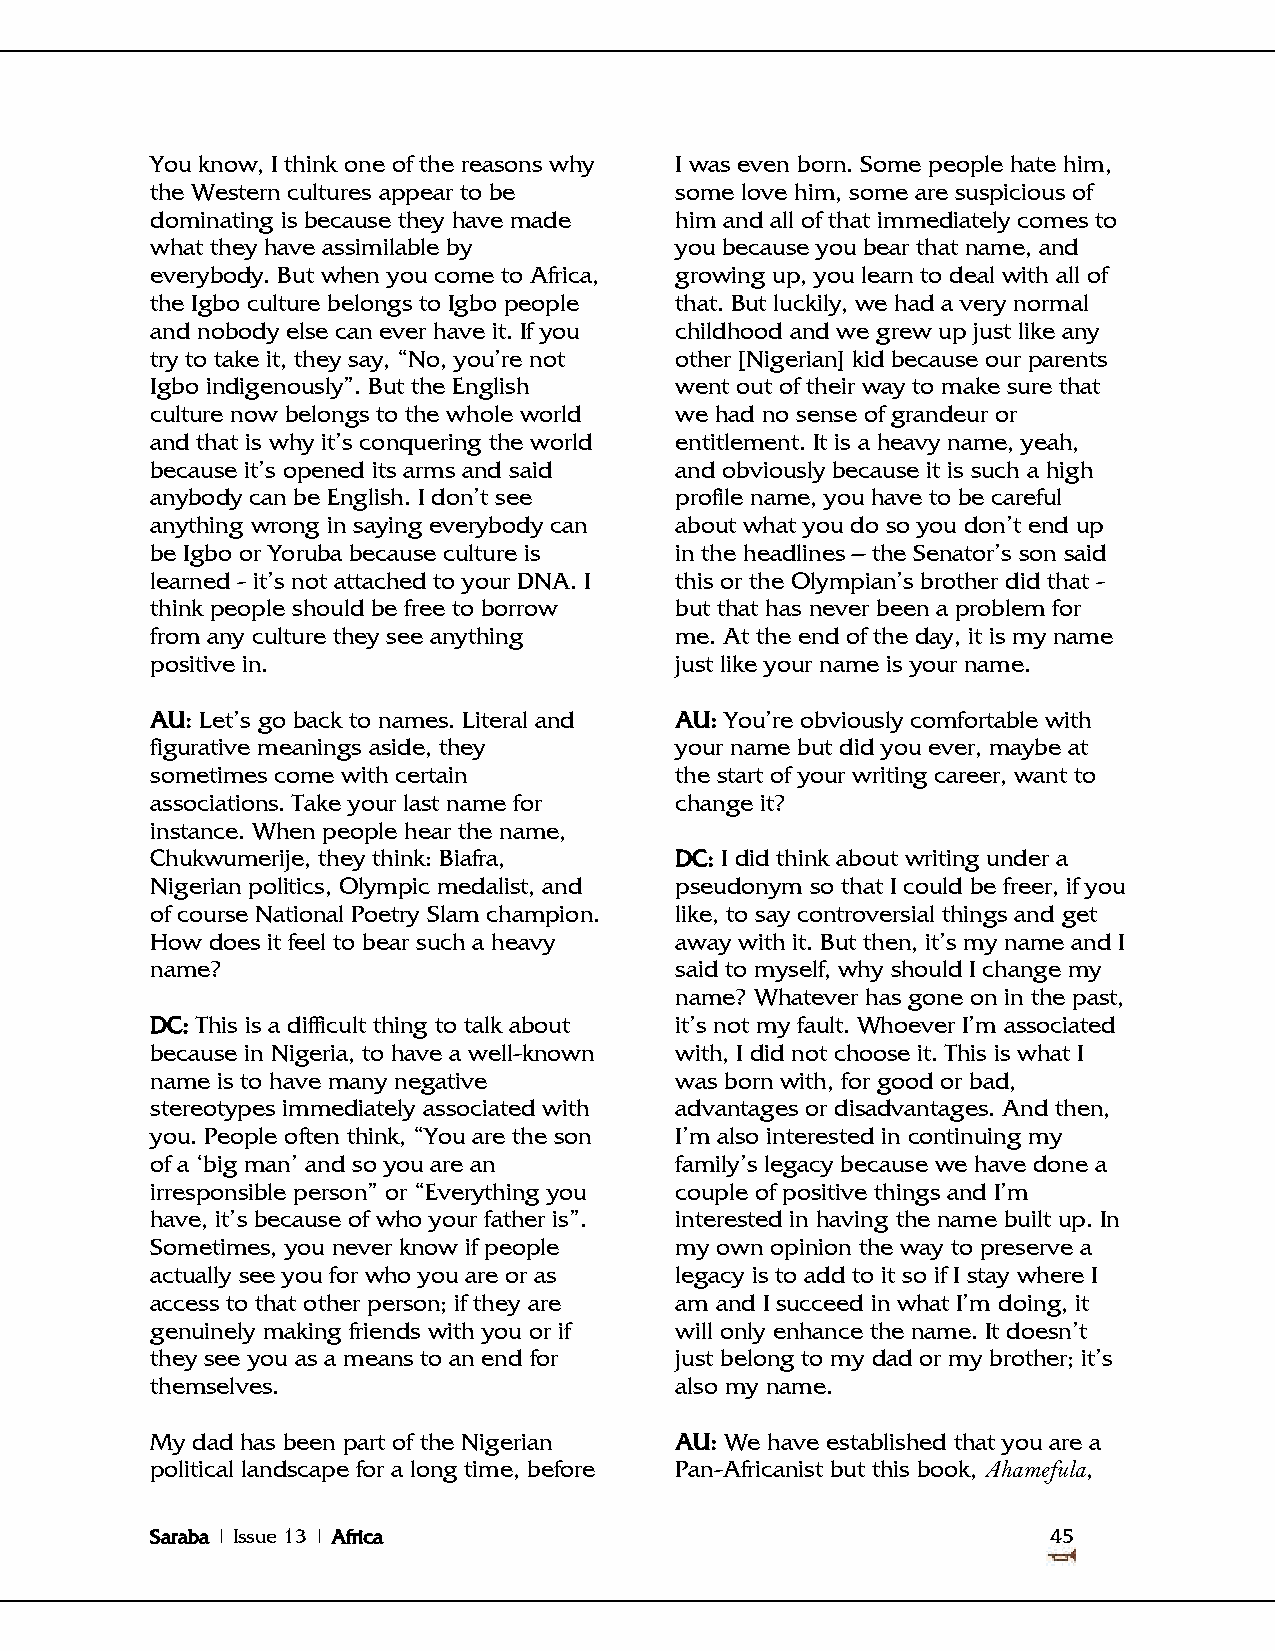
You know, I think one of the reasons why I was even born. Some people hate him,
 the Western cultures appear to be  some love him, some are suspicious of
 dominating is because they have made him and all of that immediately comes to
 what they have assimilable by      you because you bear that name, and
 everybody. But when you come to Africa, growing up, you learn to deal with all of
 the Igbo culture belongs to Igbo people that. But luckily, we had a very normal
 and nobody else can ever have it. If you childhood and we grew up just like any
 try to take it, they say, ―No, you‘re not other [Nigerian] kid because our parents
 Igbo indigenously‖. But the English went out of their way to make sure that
 culture now belongs to the whole world we had no sense of grandeur or
 and that is why it‘s conquering the world entitlement. It is a heavy name, yeah,
 because it‘s opened its arms and said and obviously because it is such a high
 anybody can be English. I don‘t see profile name, you have to be careful
 anything wrong in saying everybody can about what you do so you don‘t end up
 be Igbo or Yoruba because culture is in the headlines – the Senator‘s son said
 learned - it‘s not attached to your DNA. I this or the Olympian‘s brother did that -
 think people should be free to borrow but that has never been a problem for
 from any culture they see anything me. At the end of the day, it is my name
 positive in.                       just like your name is your name.
 AU: Let‘s go back to names. Literal and AU: You‘re obviously comfortable with
 figurative meanings aside, they    your name but did you ever, maybe at
 sometimes come with certain        the start of your writing career, want to
 associations. Take your last name for change it?
 instance. When people hear the name,
 Chukwumerije, they think: Biafra,  DC: I did think about writing under a
 Nigerian politics, Olympic medalist, and pseudonym so that I could be freer, if you
 of course National Poetry Slam champion. like, to say controversial things and get
 How does it feel to bear such a heavy away with it. But then, it‘s my name and I
 name?                              said to myself, why should I change my
 name? Whatever has gone on in the past,
 DC: This is a difficult thing to talk about it‘s not my fault. Whoever I‘m associated
 because in Nigeria, to have a well-known with, I did not choose it. This is what I
 name is to have many negative      was born with, for good or bad,
 stereotypes immediately associated with advantages or disadvantages. And then,
 you. People often think, ―You are the son I‘m also interested in continuing my
 of a ‗big man‘ and so you are an   family‘s legacy because we have done a
 irresponsible person‖ or ―Everything you couple of positive things and I‘m
 have, it‘s because of who your father is‖. interested in having the name built up. In
 Sometimes, you never know if people my own opinion the way to preserve a
 actually see you for who you are or as legacy is to add to it so if I stay where I
 access to that other person; if they are am and I succeed in what I‘m doing, it
 genuinely making friends with you or if will only enhance the name. It doesn‘t
 they see you as a means to an end for just belong to my dad or my brother; it‘s
 themselves.                        also my name.
 My dad has been part of the Nigerian AU: We have established that you are a
 political landscape for a long time, before Pan-Africanist but this book, Ahamefula,
 Saraba | Issue 13 | Africa                                  45